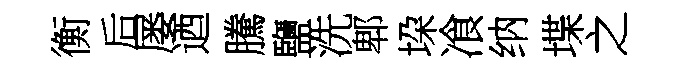
衡后屡迺騰鹽洗郫垜飡纳堞之